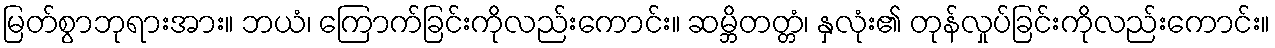
မြတ်စွာဘုရားအား။ ဘယံ၊ ကြောက်ခြင်းကိုလည်းကောင်း။ ဆမ္ဘိတတ္တံ၊ နှလုံး၏ တုန်လှုပ်ခြင်းကိုလည်းကောင်း။